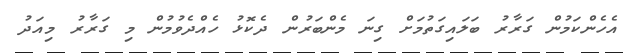
އެހެންކަމުން ގަރާރު ބަލައިގަތުމަށް ގިނަ މެންބަރުން ދެކޮޅު ހެއްދެވުމުން މި ގަރާރު މިއަދު